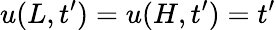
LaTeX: u(L,t^{\prime})=u(H,t^{\prime})=t^{\prime}